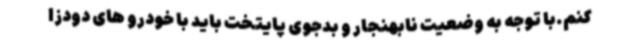
کنم.با توجه به وضعیت نابهنجار و بدجوی پایتخت باید با خودرو های دودزا